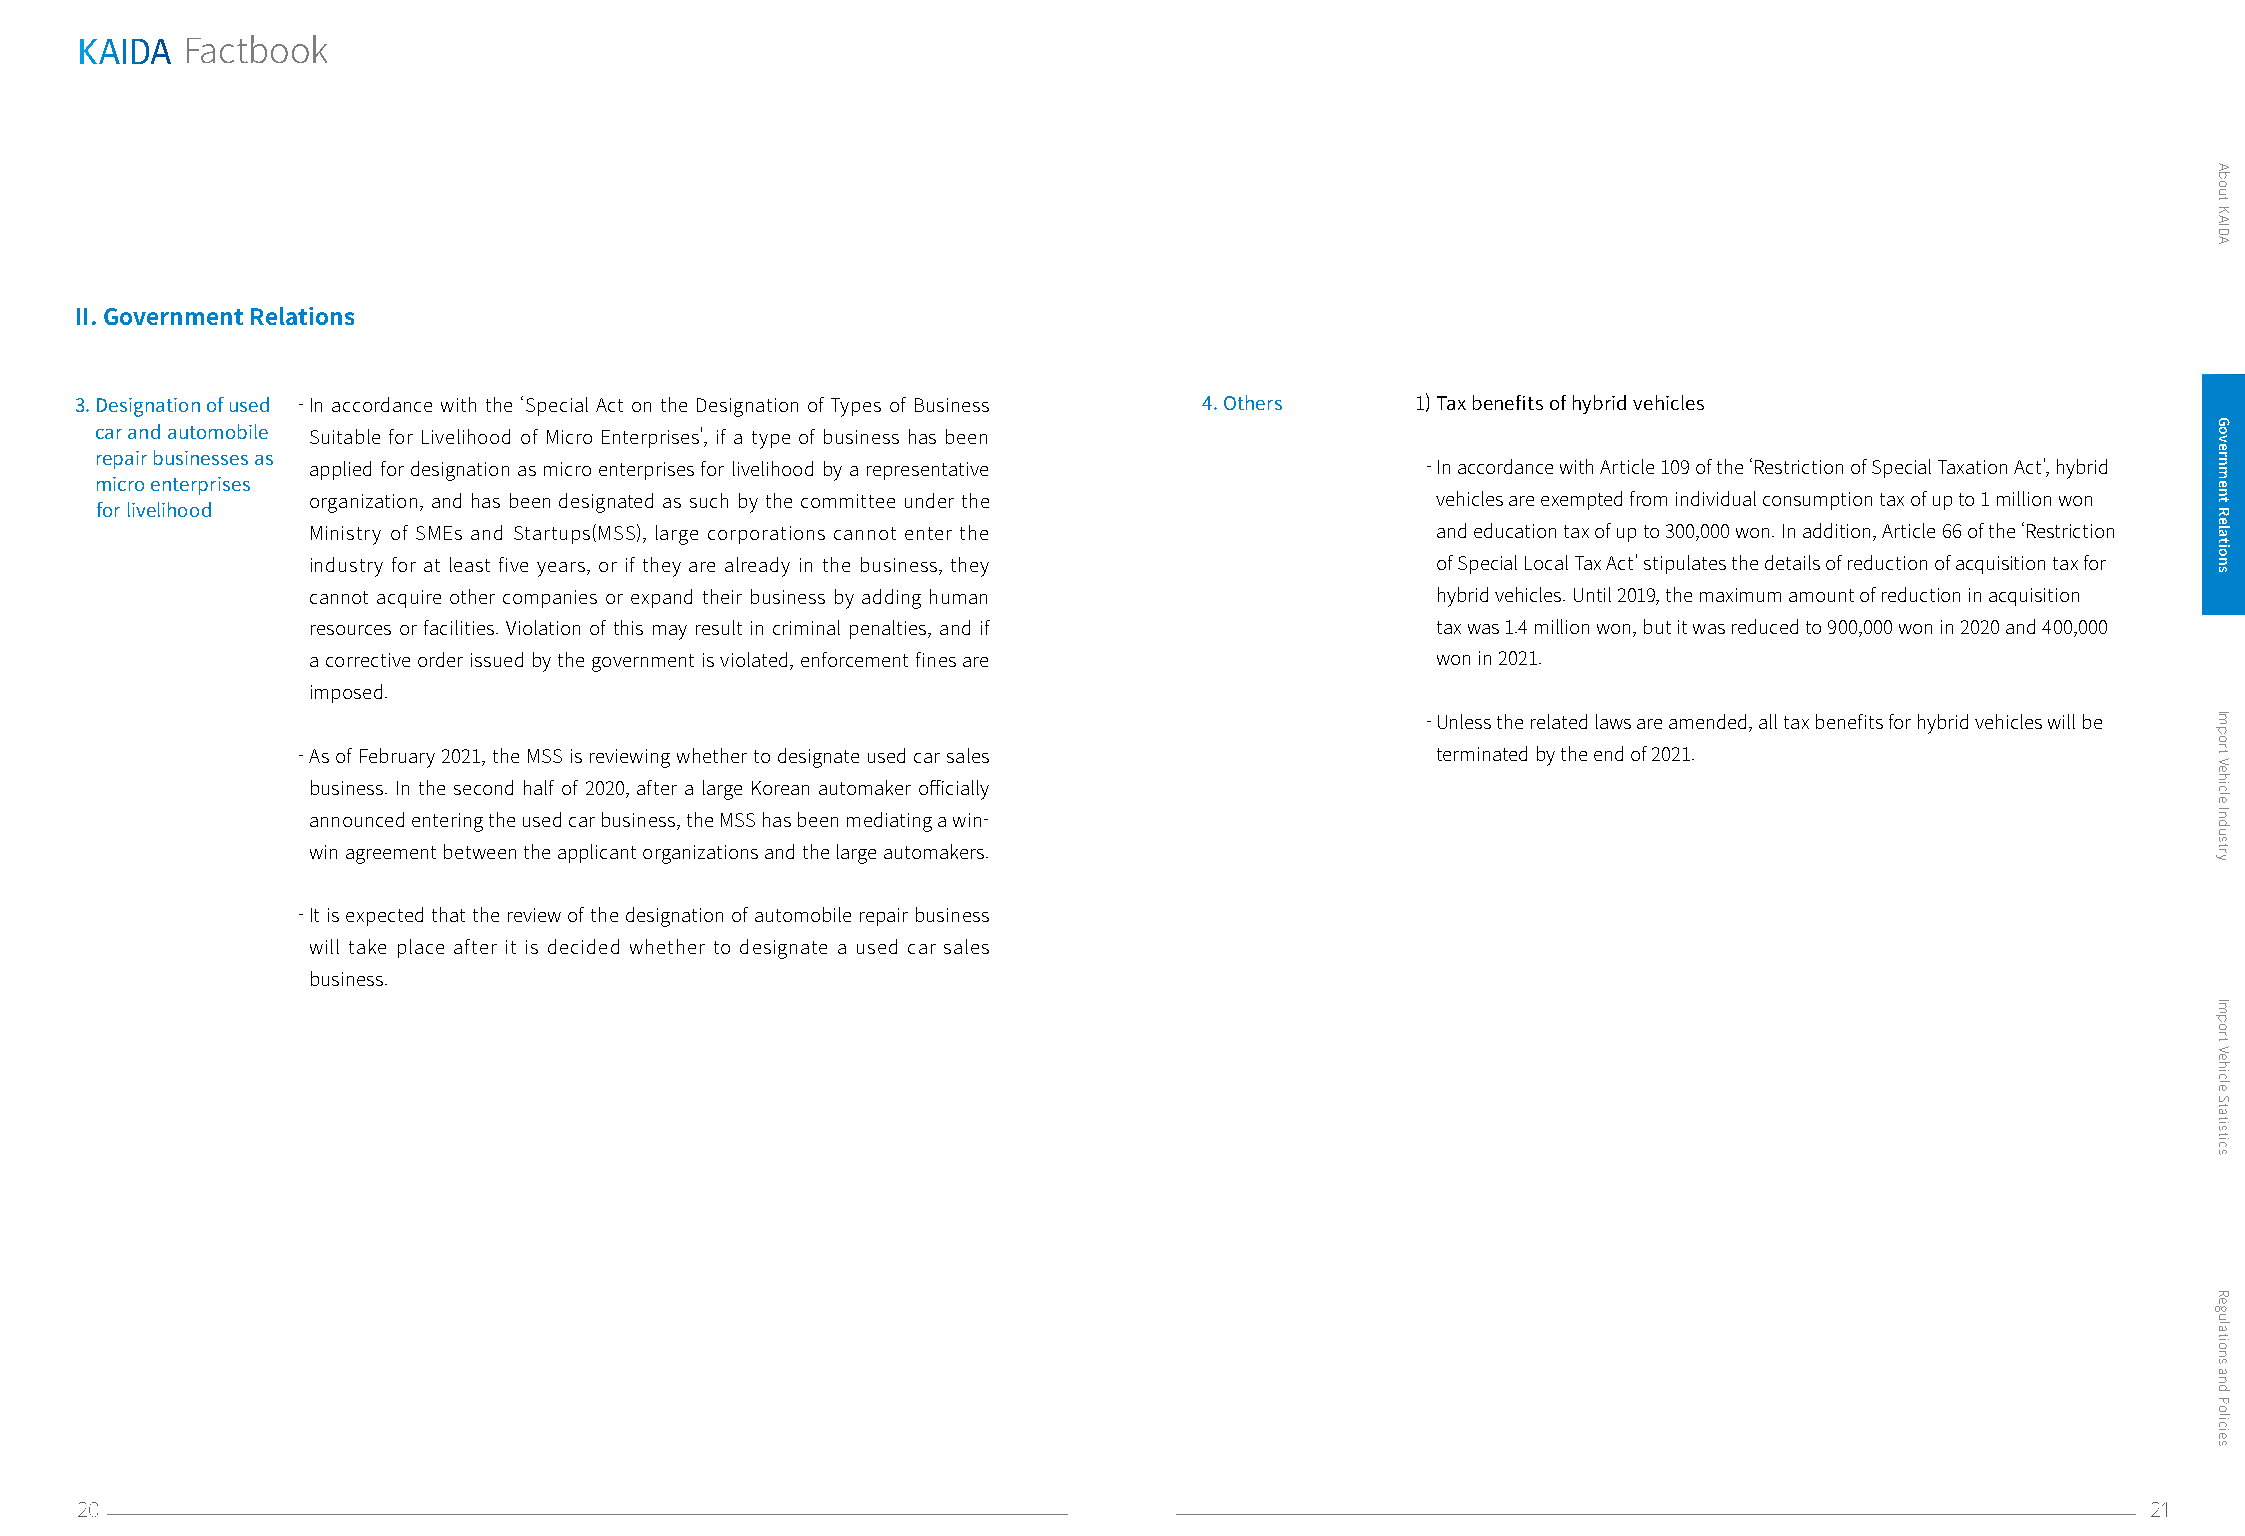
KAIDA
 Factbook
 II. Government Relations
 3. Designation of used - In accordance with the ‘Special Act on the Designation of Types of Business 4. Others 1) Tax benefits of hybrid vehicles
 car and automobile Suitable for Livelihood of Micro Enterprises', if a type of business has been
 repair businesses as
 applied for designation as micro enterprises for livelihood by a representative - In accordance with Article 109 of the ‘Restriction of Special Taxation Act’, hybrid
 micro enterprises
 organization, and has been designated as such by the committee under the   vehicles are exempted from individual consumption tax of up to 1 million won
 for livelihood
 Ministry of SMEs and Startups(MSS), large corporations cannot enter the    and education tax of up to 300,000 won. In addition, Article 66 of the ‘Restriction
 industry for at least five years, or if they are already in the business, they of Special Local Tax Act’ stipulates the details of reduction of acquisition tax for
 cannot acquire other companies or expand their business by adding human    hybrid vehicles. Until 2019, the maximum amount of reduction in acquisition
 resources or facilities. Violation of this may result in criminal penalties, and if tax was 1.4 million won, but it was reduced to 900,000 won in 2020 and 400,000
 a corrective order issued by the government is violated, enforcement fines are won in 2021.
 imposed.
 - Unless the related laws are amended, all tax benefits for hybrid vehicles will be
 - As of February 2021, the MSS is reviewing whether to designate used car sales terminated by the end of 2021.
 business. In the second half of 2020, after a large Korean automaker officially
 announced entering the used car business, the MSS has been mediating a win-
 win agreement between the applicant organizations and the large automakers.
 - It is expected that the review of the designation of automobile repair business
 will take place after it is decided whether to designate a used car sales
 business.
 20                                                                                                                                       21
 About
 KAIDA
 Government
 Relations
 Import
 Vehicle
 Industry
 Import
 Vehicle
 Statistics
 Regulations
 and
 Policies